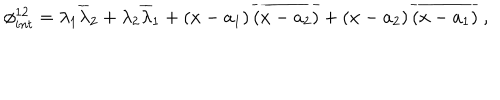
LaTeX: \phi _ { i n t } ^ { 1 2 } = \lambda _ { 1 } \overline { { { \lambda } } } _ { 2 } + \lambda _ { 2 } \overline { { { \lambda } } } _ { 1 } + \left( x - a _ { 1 } \right) \overline { { { \left( x - a _ { 2 } \right) } } } + \left( x - a _ { 2 } \right) \overline { { { \left( x - a _ { 1 } \right) } } } \ ,